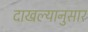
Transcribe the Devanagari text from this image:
दाखल्यानुसार